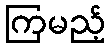
ကြမည့်